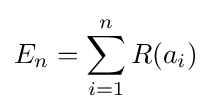
E_{n}=\sum \limits _{i=1}^{n}R(a_{i})